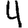
Digit: 4